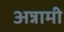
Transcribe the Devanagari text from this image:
अन्नामी